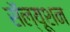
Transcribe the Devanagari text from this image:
सॅल्यूशन